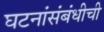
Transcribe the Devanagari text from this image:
घटनांसंबंधीची